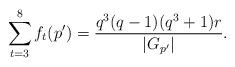
LaTeX: \begin{align*} \sum_{t=3}^{8}f_t(p')=\frac{q^3(q-1)(q^3+1)r}{|G_{p'}|}.\end{align*}